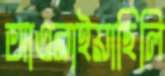
আওরাইয়াছিলি